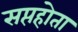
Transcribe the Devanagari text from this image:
सप्तहोता